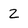
Character: 2